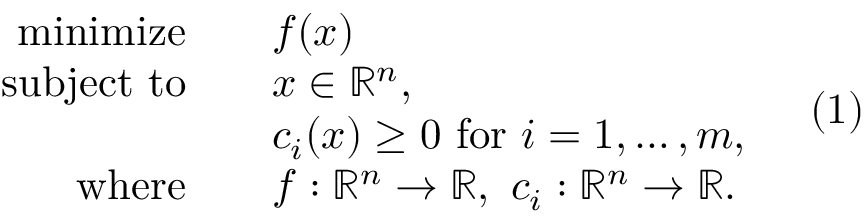
{ \begin{array} { r l } { \operatorname { m i n i m i z e } \quad } & { f ( x ) } \\ { { \mathrm { s u b j e c t ~ t o } } \quad } & { x \in \mathbb { R } ^ { n } , } \\ & { c _ { i } ( x ) \geq 0 { \mathrm { ~ f o r ~ } } i = 1 , \ldots , m , } \\ { { \mathrm { w h e r e } } \quad } & { f : \mathbb { R } ^ { n } \to \mathbb { R } , \ c _ { i } : \mathbb { R } ^ { n } \to \mathbb { R } . } \end{array} } \quad ( 1 )